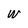
Character: W